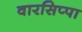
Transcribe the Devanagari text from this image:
वारसिप्पा